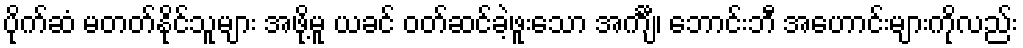
ပိုက်ဆံ မတတ်နိုင်သူများ အဖို့မူ ယခင် ဝတ်ဆင်ခဲ့ဖူးသော အင်္ကျီ၊ ဘောင်းဘီ အဟောင်းများကိုလည်း